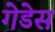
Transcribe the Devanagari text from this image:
गेडेस